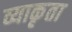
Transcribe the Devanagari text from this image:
व्याकृता